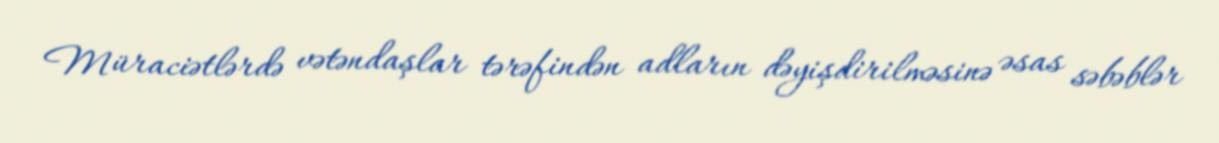
Müraciətlərdə vətəndaşlar tərəfindən adların dəyişdirilməsinə əsas səbəblər